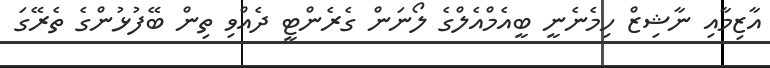
އާޒިމާއި ނާޝިޒް ހިމެނެނީ ބީއެމްއެލްގެ ލޯނަން ގެރެންޓީ ދެއްވި ތިން ބޭފުޅުންގެ ތެރޭގަ